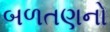
બળતણનો